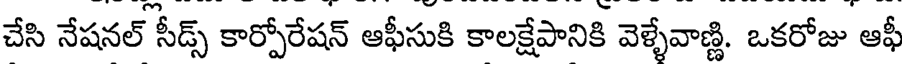
చేసి నేషనల్ సీడ్స్ కార్పోరేషన్ ఆఫీసుకి కాలక్షేపానికి వెళ్ళేవాణ్ణి. ఒకరోజు ఆఫీ